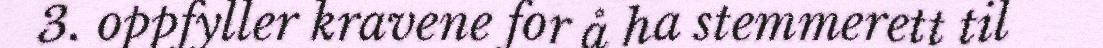
3. oppfyller kravene for å ha stemmerett til